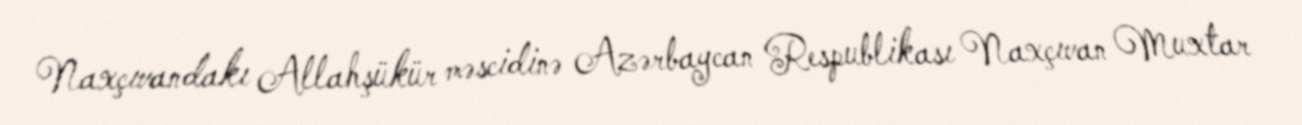
Naxçıvandakı Allahşükür məscidinə Azərbaycan Respublikası Naxçıvan Muxtar